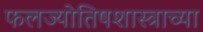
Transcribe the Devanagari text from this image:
फलज्योतिषशास्त्राच्या